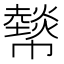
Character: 𢅮